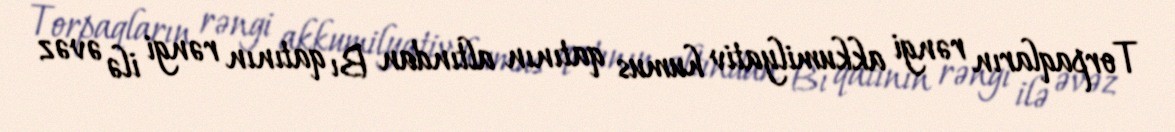
Torpaqların rəngi akkumilyativ humus qatının altından Bı qatının rəngi ilə əvəz